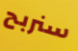
سنربح